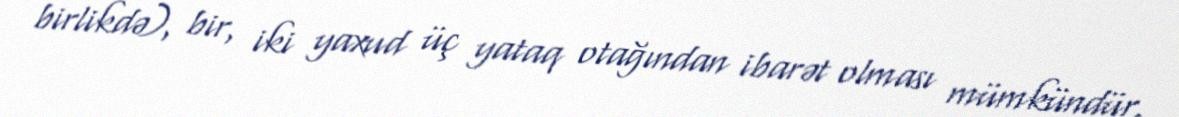
birlikdə), bir, iki yaxud üç yataq otağından ibarət olması mümkündür.